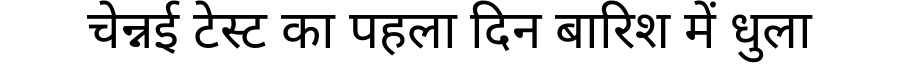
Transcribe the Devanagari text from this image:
चेन्नई टेस्ट का पहला दिन बारिश में धुला